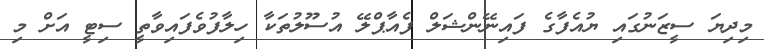
މިދިޔަ ސީޒަނުގައި ޔުއެފާގެ ފައިނޭންޝަލް ފެއާޕްލޭ އުސޫލުތަކާ ހިލާފުވެފައިވާތީ ސިޓީ އަށް މި